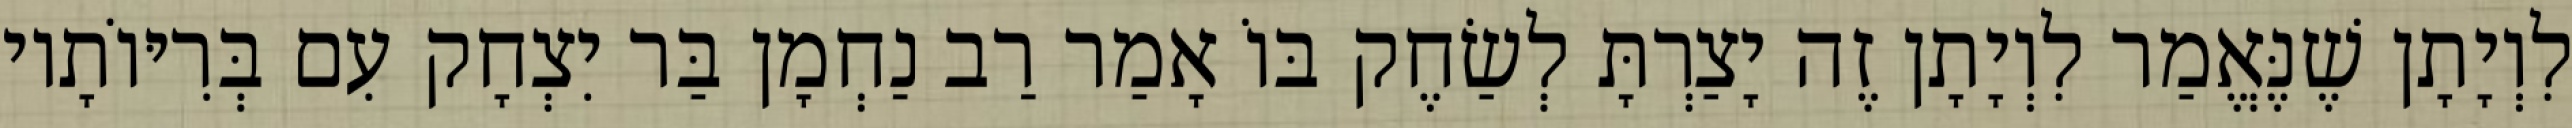
לִוְיָתָן שֶׁנֶּאֱמַר לִוְיָתָן זֶה יָצַרְתָּ לְשַׂחֶק בּוֹ אָמַר רַב נַחְמָן בַּר יִצְחָק עִם בְּרִיּוֹתָיו